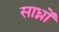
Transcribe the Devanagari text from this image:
साध्नों